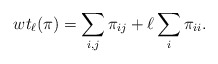
\begin{gather*}wt_{\ell}(\pi)= \sum_{i,j} \pi_{ij} + \ell \sum_i \pi_{ii}.\end{gather*}